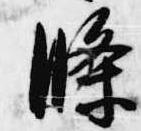
条